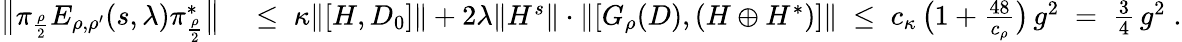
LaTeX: \begin{array}{rl}{\big\| \pi_{\frac{\rho}{2}}E_{\rho,\rho^{\prime}}(s,\lambda)\pi_{\frac{\rho}{2}}^{*}\big\| }&{\; \leq\; \kappa\| [H,D_{0}]\| +2\lambda\| H^{s}\| \cdot\| [G_{\rho}(D),(H\oplus H^{*})]\| \; \leq\; c_{\kappa}\, {\big(1+\frac{48}{c_{\rho}}\big)}\, g^{2}\; =\; \frac{3}{4}\, g^{2}\; .}\end{array}